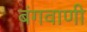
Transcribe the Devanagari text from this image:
बंगवाणी